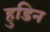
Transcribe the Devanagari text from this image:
हुडिन